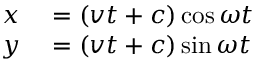
\begin{array} { r l } { x } & { { } = ( v t + c ) \cos \omega t } \\ { y } & { { } = ( v t + c ) \sin \omega t } \end{array}